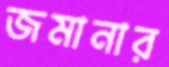
জমানার